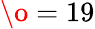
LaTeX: {\o}=19